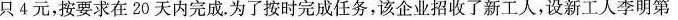
只4元，按要求在20天内完成。为了按时完成任务，该企业招收了新工人，设新工人李明第